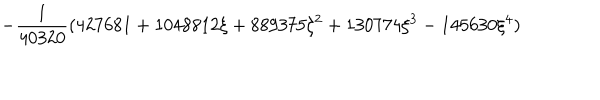
\displaystyle - \frac { 1 } { 4 0 3 2 0 } ( 4 2 7 6 8 1 + 1 0 4 8 8 1 2 \xi + 8 8 9 3 7 5 \xi ^ { 2 } + 1 3 0 7 7 4 \xi ^ { 3 } - 1 4 5 6 3 0 \xi ^ { 4 } )